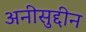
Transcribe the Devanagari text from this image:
अनीसुद्दीन